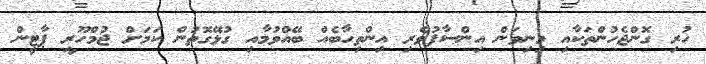
ހުރި ގޮންޖެހުންތަކާއި މިނިވަން އިންސާފުވެރި އިންތިހާބެއް ބޭއްވުމާއި ގުޅޭގޮތުން ކަމަށް ޖުމްހޫރީ ޕާޓީން